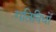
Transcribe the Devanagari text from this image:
गतिविधों